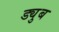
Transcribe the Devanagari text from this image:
ड्युब